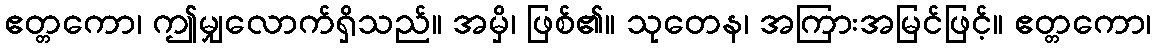
ဧတ္တကော၊ ဤမျှလောက်ရှိသည်။ အမှိ၊ ဖြစ်၏။ သုတေန၊ အကြားအမြင်ဖြင့်။ ဧတ္တကော၊